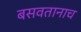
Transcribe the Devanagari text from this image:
बसवतानाच